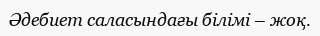
Әдебиет саласындағы білімі – жоқ.